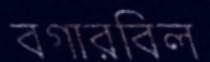
বগারবিল